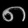
Digit: ၈